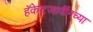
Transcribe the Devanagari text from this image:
हॅकेटजार्वींनच्या